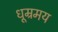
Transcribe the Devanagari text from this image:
धूम्रमय